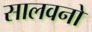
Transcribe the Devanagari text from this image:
सालवनो